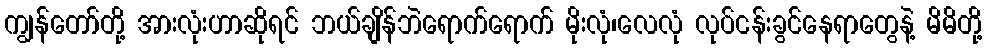
ကျွန်တော်တို့ အားလုံးဟာဆိုရင် ဘယ်ချိန်ဘဲရောက်ရောက် မိုးလုံ၊လေလုံ လုပ်ငန်းခွင်နေရာတွေနဲ့ မိမိတို့